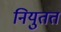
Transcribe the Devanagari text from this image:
नियुतत